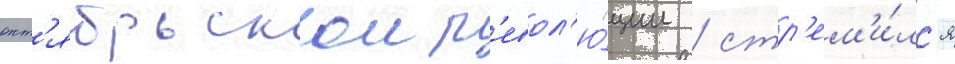
окт'ябрьскои р'евол'ю́ции / стр'ем'и́лс'я